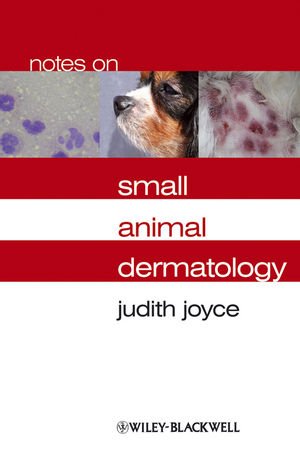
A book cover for Notes on Small Animal Dermatology; Judith Joyce; Medical Books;